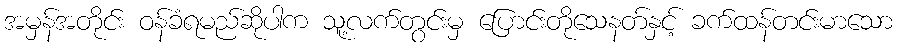
အမှန်အတိုင်း ဝန်ခံရမည်ဆိုပါက သူ့လက်တွင်းမှ ပြောင်းတိုသေနတ်နှင့် ခက်ထန်တင်းမာသော